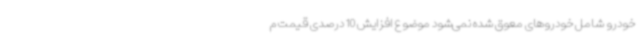
خودرو شامل خودروهای معوق شده نمی‌شود موضوع افزایش 10 درصدی قیمت م